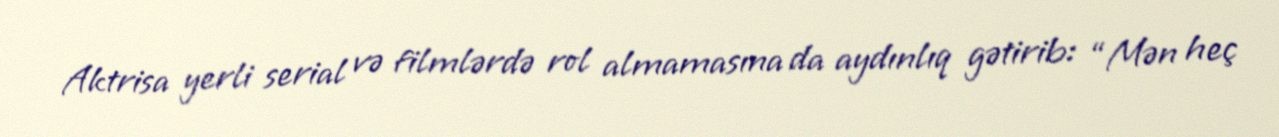
Aktrisa yerli serial və filmlərdə rol almamasına da aydınlıq gətirib: “Mən heç